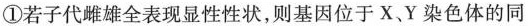
①若子代雌雄全表现显性性状，则基因位于X、Y染色体的同